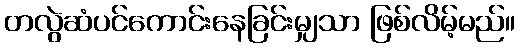
တလွဲဆံပင်ကောင်းနေခြင်းမျှသာ ဖြစ်လိမ့်မည်။